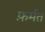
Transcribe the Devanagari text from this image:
फ़र्मत